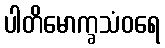
ပါတိမောက္ခသံဝရေ